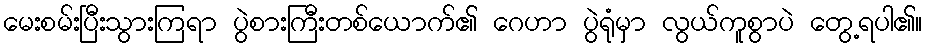
မေးစမ်းပြီးသွားကြရာ ပွဲစားကြီးတစ်ယောက်၏ ဂေဟာ ပွဲရုံမှာ လွယ်ကူစွာပဲ တွေ့ရပါ၏။